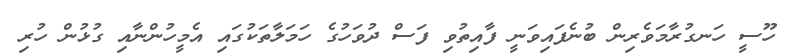
ހޫސީ ހަނގުރާމަވެރިން ބުނެފައިވަނީ ފާއިތުވި ފަސް ދުވަހުގެ ހަމަލާތަކުގައި އެމީހުންނާއި ގުޅުން ހުރި